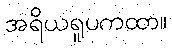
အရိယရူပကထာ။